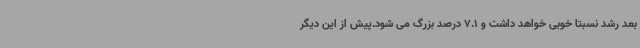
بعد رشد نسبتا خوبی خواهد داشت و 7.1 درصد بزرگ می شود.پیش از این دیگر